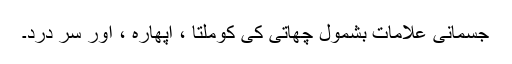
جسمانی علامات بشمول چھاتی کی کوملتا ، اپھارہ ، اور سر درد۔